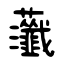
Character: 虃